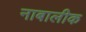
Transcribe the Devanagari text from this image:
नाबालीक